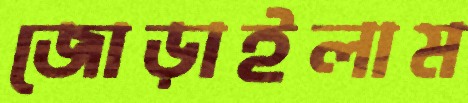
জোড়াইলাম